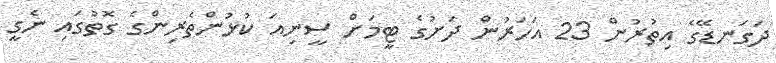
ދަގަނޑޭގެ އިތުރުން 23 އަހަރުން ދަށުގެ ޓީމަށް ސީނިއަ ކުޅުންތެރިންގެ ގޮތުގައި ނެގީ